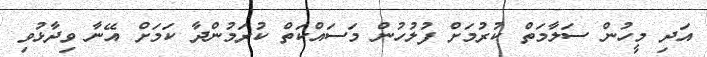
އަދި މީހުން ސަލާމަތް ކުރުމަށް ފުލުހުން މަސައްކަތް ކުރަމުންދާ ކަމަށް އޭނާ ވިދާޅުވި